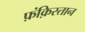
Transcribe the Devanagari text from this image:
फ़ंक़िस्तान